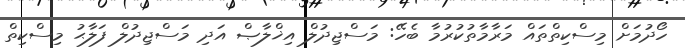
ހޯދުމަށް މިސްކިތްތައް މަރާމާތުކުރުމާ ބެހޭ: މަސްޖިދުލް އިޚްލާޞް އަދި މަސްޖިދުލް ފަލާޙު މިސްކިތް